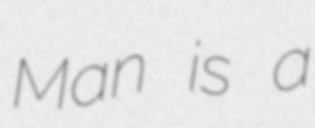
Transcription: Man is a